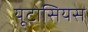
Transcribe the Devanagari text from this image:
यूटोसियस